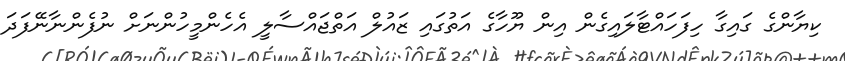
ކިޔާންގެ ގައިގާ ހިފަހައްޓާލައިގެން އިން ޔޫހާގެ އަތުގައި ޒައުލް އަތްޖައްސާލީ އެހެންމީހުންނަށް ނުފެންނާނޭފަދަ